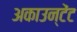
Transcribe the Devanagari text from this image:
अकाउन्टेंट